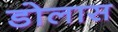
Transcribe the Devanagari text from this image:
डोलास